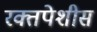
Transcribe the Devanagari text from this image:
रक्तपेशीस